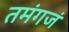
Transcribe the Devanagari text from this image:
तमंगजं